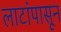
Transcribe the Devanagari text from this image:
लाटांपासून